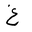
Letter: _gayn